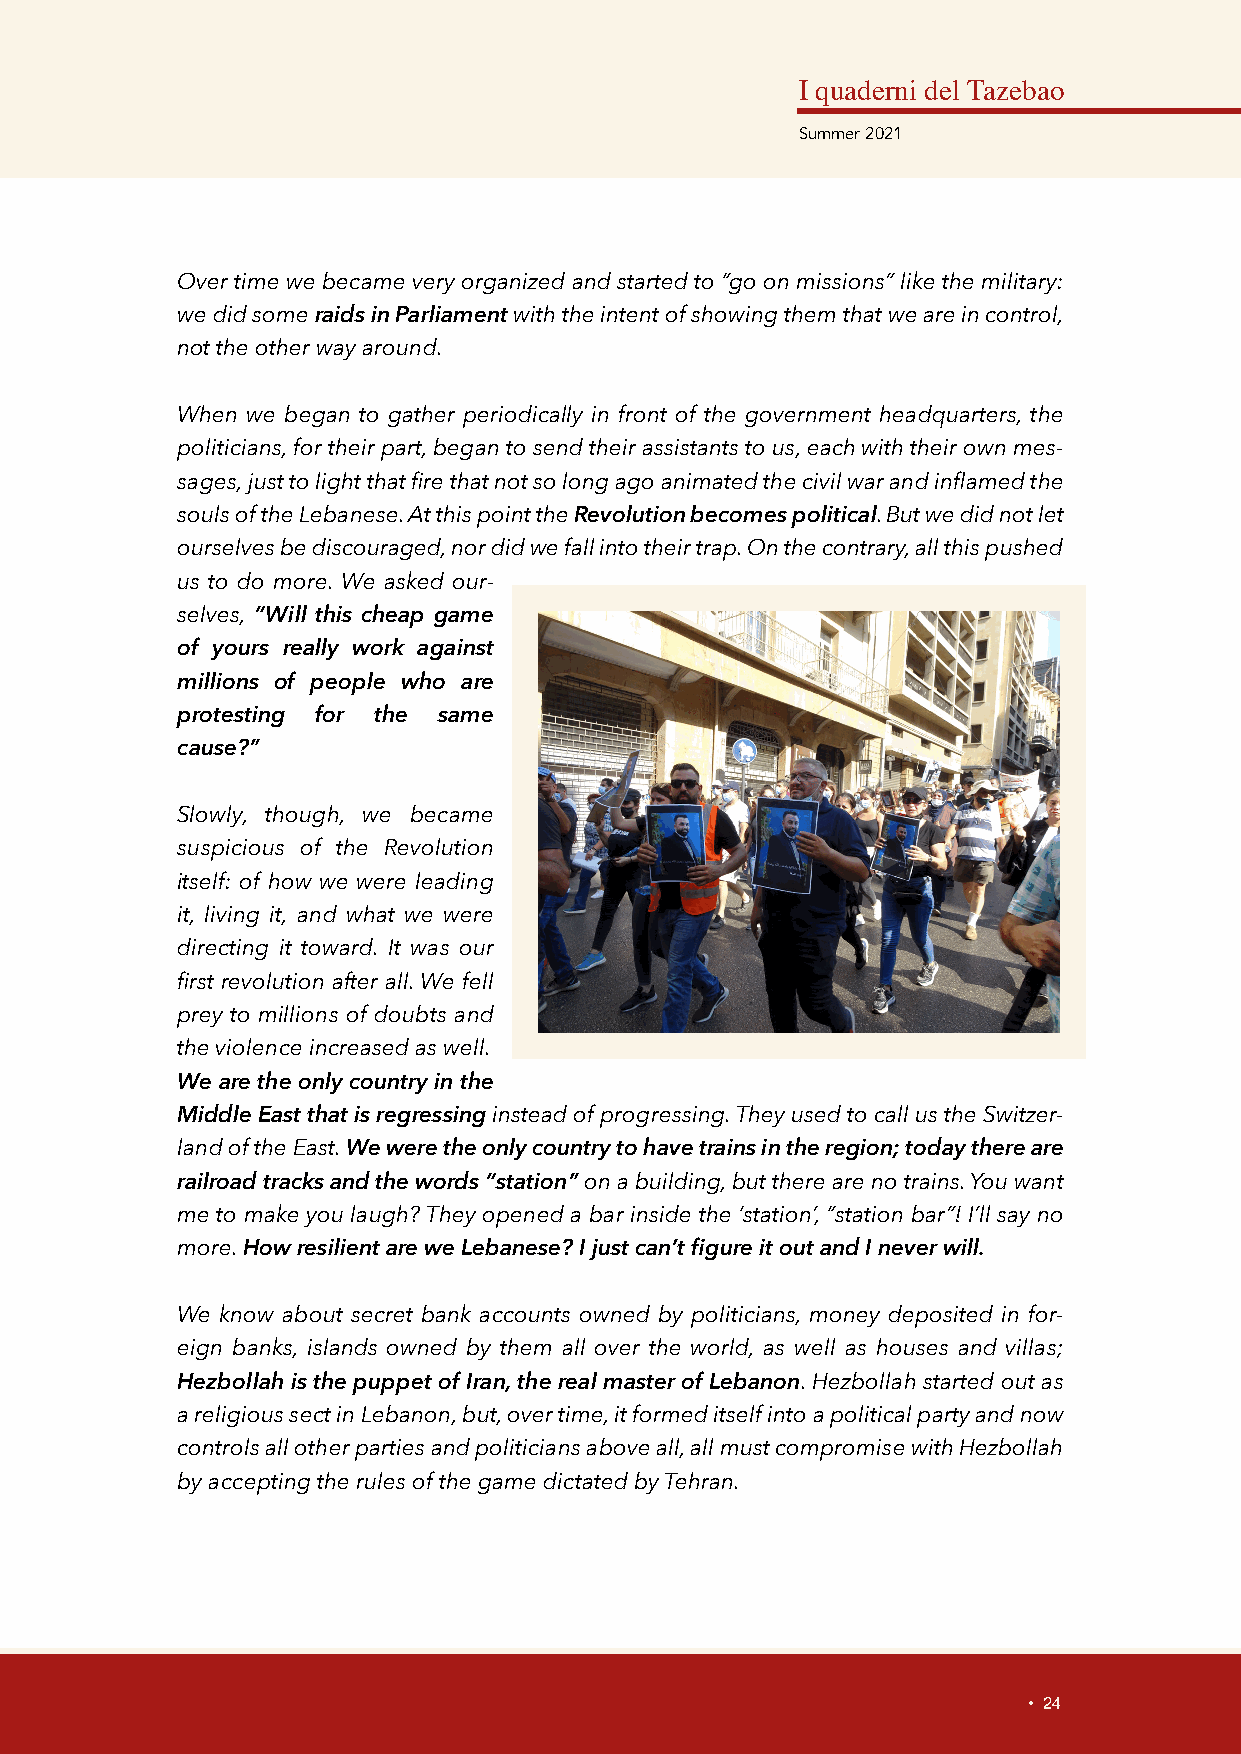
I quaderni del Tazebao
 Summer 2021
 Over time we became very organized and started to “go on missions” like the military:
 we did some raids in Parliament with the intent of showing them that we are in control,
 not the other way around.
 When we began to gather periodically in front of the government headquarters, the
 politicians, for their part, began to send their assistants to us, each with their own mes-
 sages, just to light that fire that not so long ago animated the civil war and inflamed the
 souls of the Lebanese. At this point the Revolution becomes political. But we did not let
 ourselves be discouraged, nor did we fall into their trap. On the contrary, all this pushed
 us to do more. We asked our-
 selves, “Will this cheap game
 of yours really work against
 millions of people who are
 protesting for the same
 cause?”
 Slowly, though, we became
 suspicious of the Revolution
 itself: of how we were leading
 it, living it, and what we were
 directing it toward. It was our
 first revolution after all. We fell
 prey to millions of doubts and
 the violence increased as well.
 We are the only country in the
 Middle East that is regressing instead of progressing. They used to call us the Switzer-
 land of the East. We were the only country to have trains in the region; today there are
 railroad tracks and the words “station” on a building, but there are no trains. You want
 me to make you laugh? They opened a bar inside the ‘station’, “station bar”! I’ll say no
 more. How resilient are we Lebanese? I just can’t figure it out and I never will.
 We know about secret bank accounts owned by politicians, money deposited in for-
 eign banks, islands owned by them all over the world, as well as houses and villas;
 Hezbollah is the puppet of Iran, the real master of Lebanon. Hezbollah started out as
 a religious sect in Lebanon, but, over time, it formed itself into a political party and now
 controls all other parties and politicians above all, all must compromise with Hezbollah
 by accepting the rules of the game dictated by Tehran.
 • 24